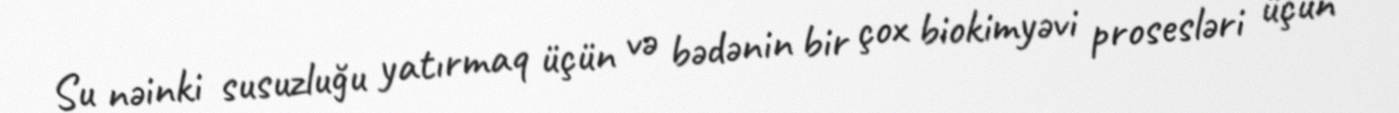
Su nəinki susuzluğu yatırmaq üçün və bədənin bir çox biokimyəvi prosesləri üçün